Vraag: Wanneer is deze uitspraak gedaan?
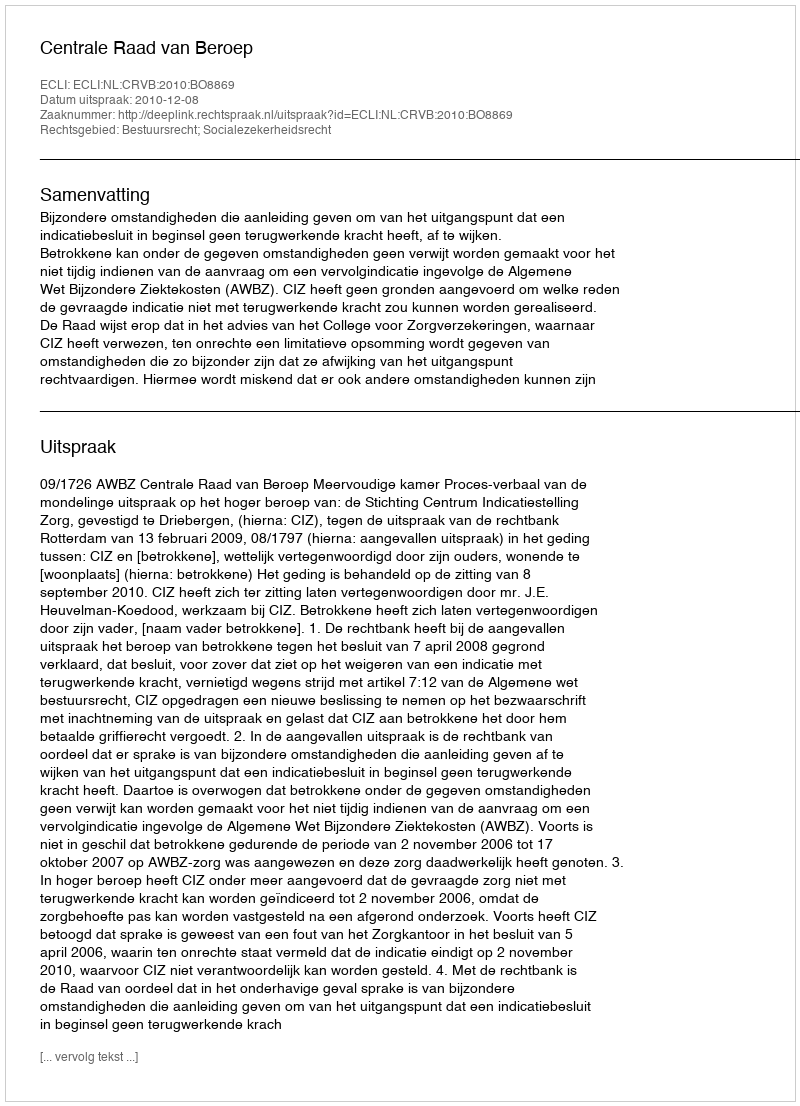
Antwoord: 2010-12-08